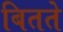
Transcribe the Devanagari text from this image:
बितते